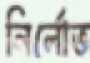
নির্লোভ